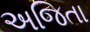
અજિતા